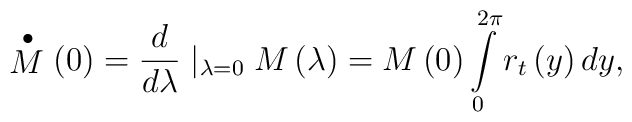
\stackrel{\bullet }{M}\left( 0\right) =\frac d{d\lambda }\mid_{\lambda =0}M\left( \lambda \right) =M\left( 0\right) \int\limits_0^{2\pi}r_t\left( y\right) dy,